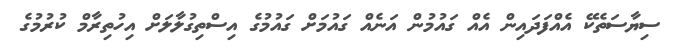
ސިޔާސަތެކޭ އެއްފަދައިން އެއް ގައުމުން އަނެއް ގައުމަށް ގައުމުގެ އިސްތިގުލާލަށް އިހުތިރާމް ކުރުމުގެ